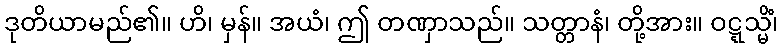
ဒုတိယာမည်၏။ ဟိ၊ မှန်။ အယံ၊ ဤ တဏှာသည်။ သတ္တာနံ၊ တို့အား။ ဝဋ္ဋသ္မိံ၊